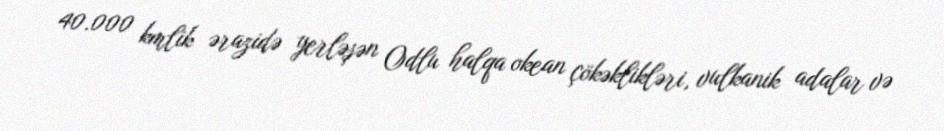
40.000 kmlik ərazidə yerləşən Odlu halqa okean çökəklikləri, vulkanik adalar və